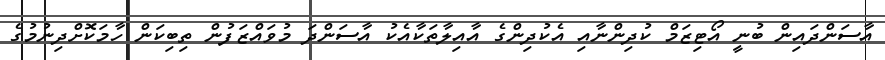
އާސަންދައިން ބުނީ އޯޓިޒަމް ކުދިންނާއި އެކުދިންގެ އާއިލާތަކާއެކު އާސަންދަ މުވައްޒަފުން ތިބިކަން ހާމަކޮށްދިނުމުގެ